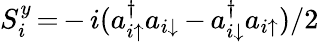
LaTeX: S_{i}^{y}\, {=}\, {-}\, i(a_{i\uparrow}^{\dagger}a_{i\downarrow}\, {-}\, a_{i\downarrow}^{\dagger}a_{i\uparrow})/2